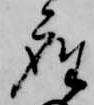
座